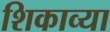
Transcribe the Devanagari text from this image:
शिकाव्या